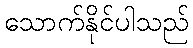
သောက်နိုင်ပါသည်